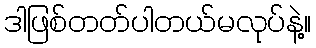
ဒါဖြစ်တတ်ပါတယ်မလုပ်နဲ့။